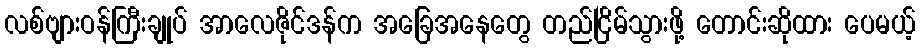
လစ်ဗျားဝန်ကြီးချုပ် အာလေဇိုင်ဒန်က အခြေအနေတွေ တည်ငြိမ်သွားဖို့ တောင်းဆိုထား ပေမယ့်